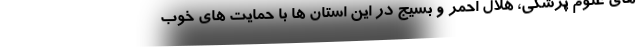
های علوم پزشکی، هلال احمر و بسیج در این استان ها با حمایت های خوب